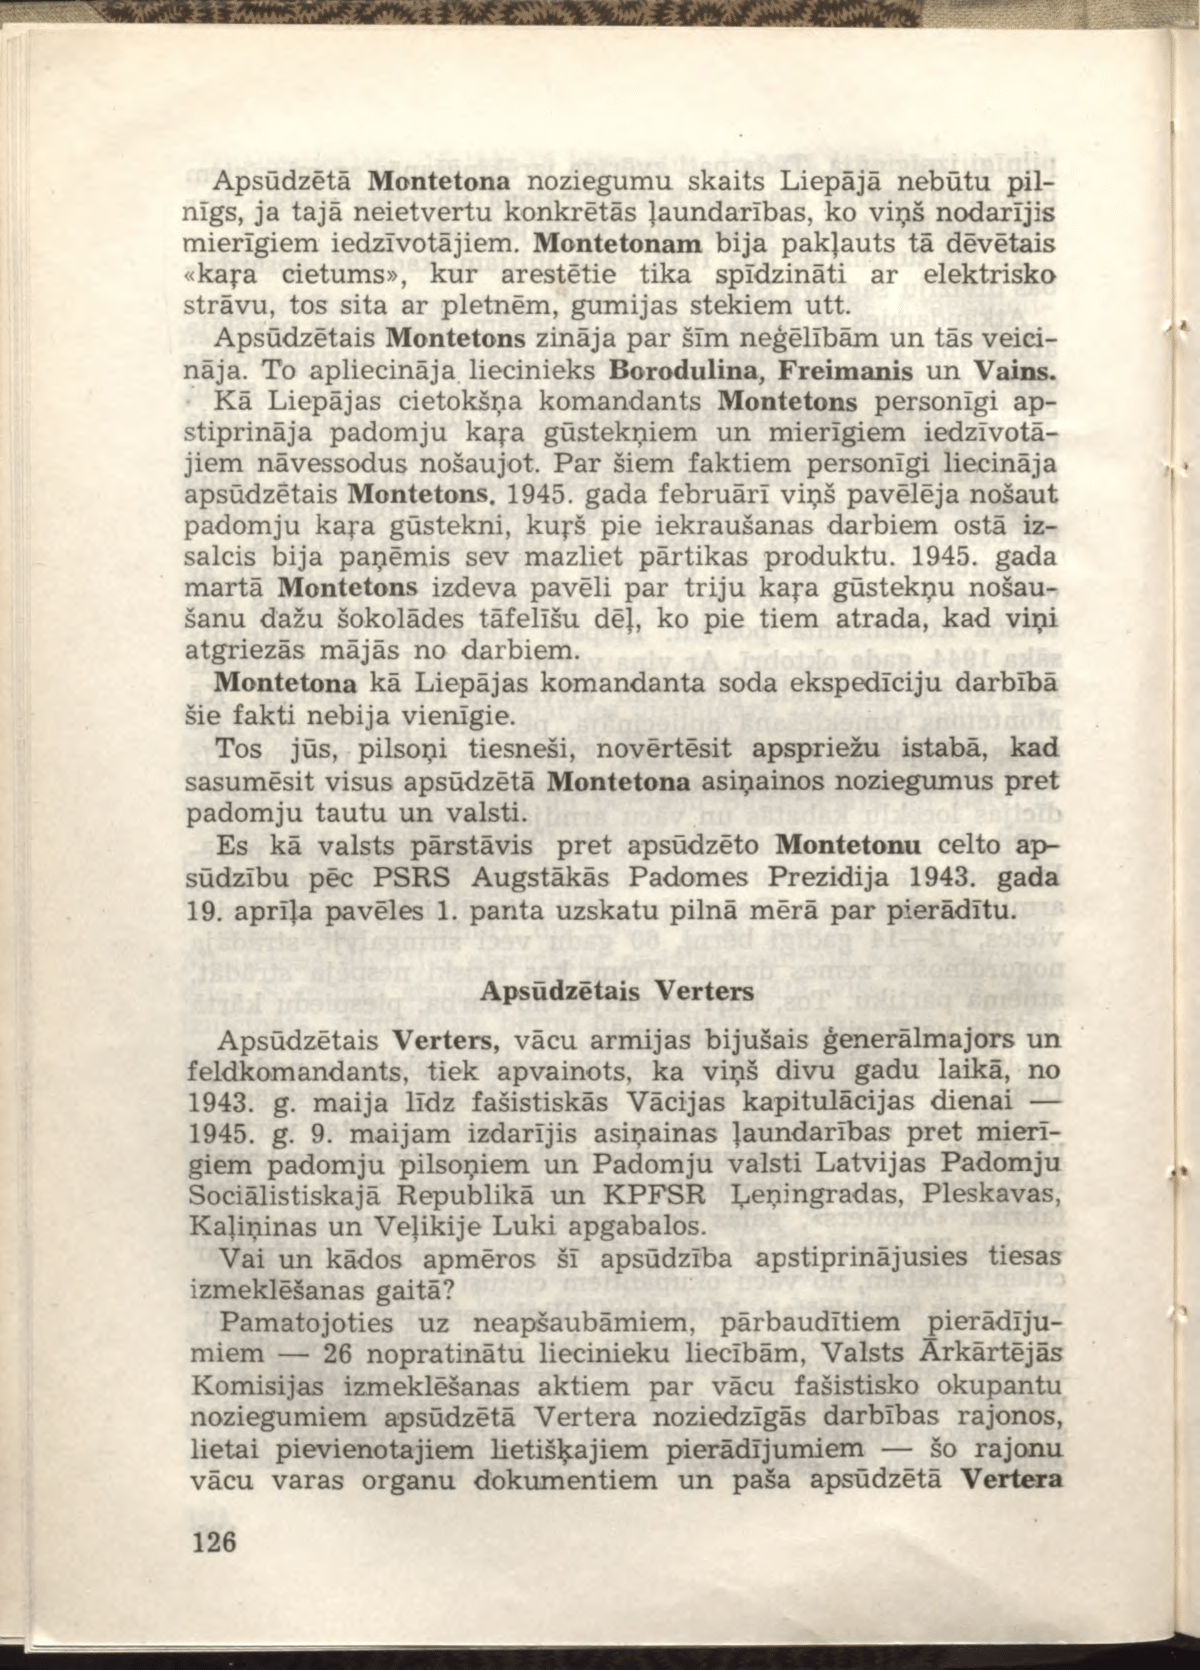
Language: lv